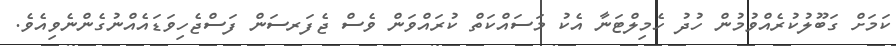
ކަމަށް ގަބޫލުކުރެއްވުމުން ހުދު ހެމިލްޓަނާ އެކު މަސައްކަތް ކުރައްވަން ވެސް ޖެފަރސަން ފަސްޖެހިވަޑައެއްނުގެންނެވިއެވެ.